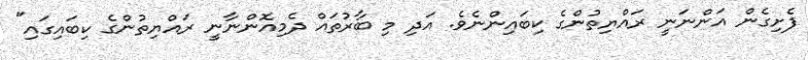
ފެށިގެން އަންނަނީ ރައްޔިތުންގެ ކިބައިންނެވެ. އަދި މި ބާރުތައް ދެމިއޮންނާނީ ރައްޔިތުންގެ ކިބައިގައި"